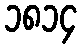
၁၈၁၄